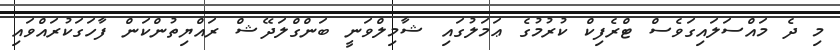
މި ދެ މައްސަލައިގަވެސް ޓްރެފިކް ކުރުމުގެ ޢަމަލުގައި ޝާމިލްވަނީ ބަންގްލަދޭޝް ރައްޔިތުންކަން ފާހަގަކުރައްވައި